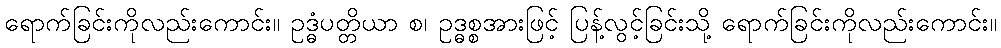
ရောက်ခြင်းကိုလည်းကောင်း။ ဥဒ္ဓံပတ္တိယာ စ၊ ဥဒ္ဓစ္စအားဖြင့် ပြန့်လွင့်ခြင်းသို့ ရောက်ခြင်းကိုလည်းကောင်း။